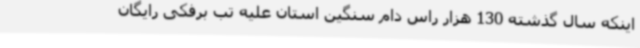
اینکه سال گذشته 130 هزار راس دام سنگین استان علیه تب برفکی رایگان